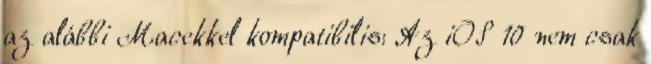
az alábbi Macekkel kompatibilis: Az iOS 10 nem csak